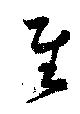
至